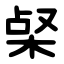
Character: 梷